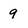
Character: 9